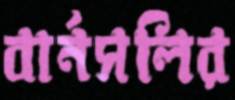
বার্নসলির